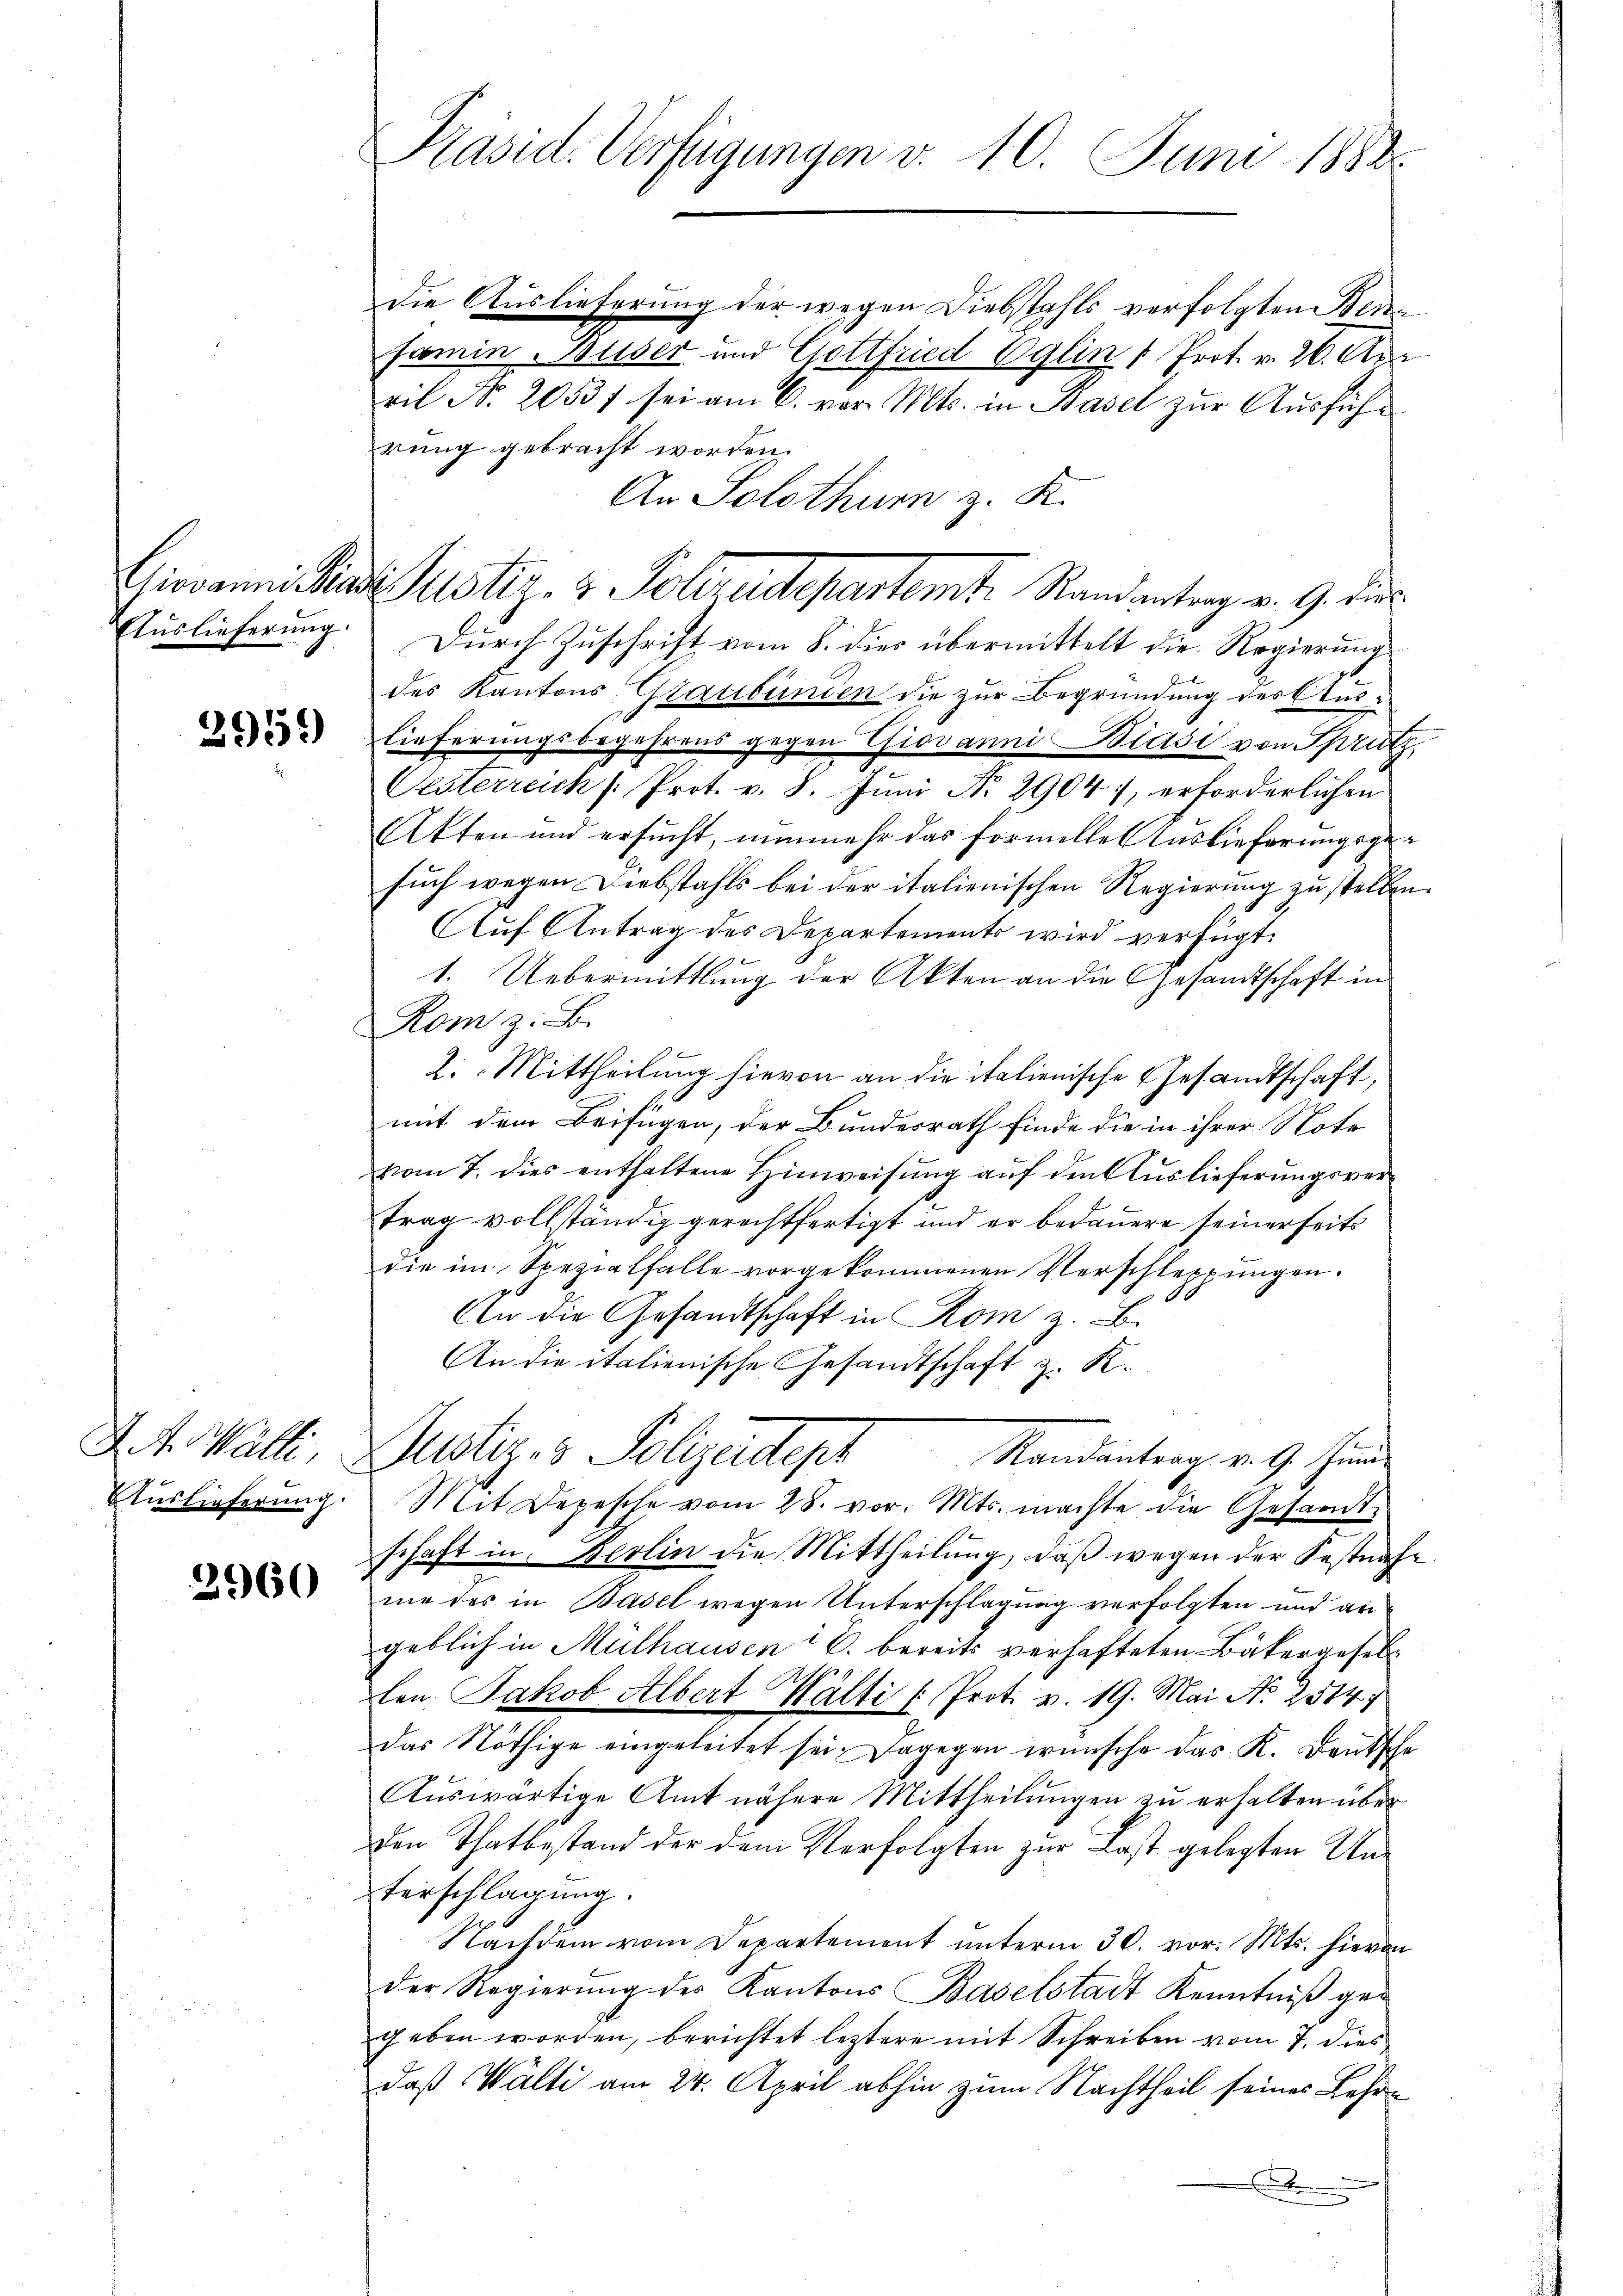
Auslieferung

2959

Auslieferung.

2960

Präsid. Verfügungen v. 10. Juni 1888.

die Auslieferung der wegen Diebstahls verfolgten Beden
samin - Buser und Gottfried Oglin " Prot. v. 26. Apr
ril Nr. 2053 f. sei am 6. vor. Mts. in Basel zur Ausführung gebracht worden.
An Solothurn z. K.
Durch Zuschrift vom 8. dies übermittelt die Regierung
des Kantons Graubünden die zur Begründung des Auslieferungsbegehrens gegen Giovanni Biasi von Sprinz
Vesterreich /: Prot. v. 8. Juni No 2904, erforderlichen
Akten und ersucht, nunmehr das formellen Auslieferungsgesuch wegen Diebstahls bei der italienischen Regierung zu stellen.
Auf Antrag des Departements wird verfügt:
1. Uebermittlung der Akten an die Gesandtschaft in
Kom z. B.
2. Mittheilung hievon an die italienische Gesandtschaft,
be
mit dem Beifügen, der Bundesrath finde die in ihrer Note
vom 7. dies enthaltene Hinweisung auf den Auslieferungsvertrag vollständig gerechtfertigt und er bedauere seinerseits
die im Spezialfalle vorgekommenen Verschleppungen.
An die Gesandtschaft in Rom z. B.
An die italienische Gesandtschaft z. K.
D. M. Walli, Justiz- & Polizeidept
Randantrag v. 9. Sinn
Mit Depesche vom 28. vor. Mts. machte die Gesamte
schaft in Berlin die Mittheilŭng, daß wegen der Festnahe
mie des in Basel wegen Unterschlagung verfolgten und angeblich in Mülhausen i S. bereits verhafteten Bäkergesell
len Jakob Albert Wälti u Prot. v. 19. Mai No 2514
das Nöthige eingeleitet sei. Dagegen wünsche das K. Deutsche
Auswärtige Amt nähere Mittheilungen zu erhalten über
den Thatbestand der dem Verfolgten zur Last gelegten Unterschlagung.
Nachdem vom Departement unterm 30. vor. Mts. hievon
der Regierung der Kantons Baselstadt Kenntniß gegeben worden, berichtet leztere mit Schreiben vom 7. dies
daß Walti am 24. April abhin zum Nachtheil seines Lehr¬
.

Giovanni Kinde Justiz- & Polrudepartemte Randantrag v. 9. dies